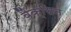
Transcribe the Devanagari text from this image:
वैक्सिन